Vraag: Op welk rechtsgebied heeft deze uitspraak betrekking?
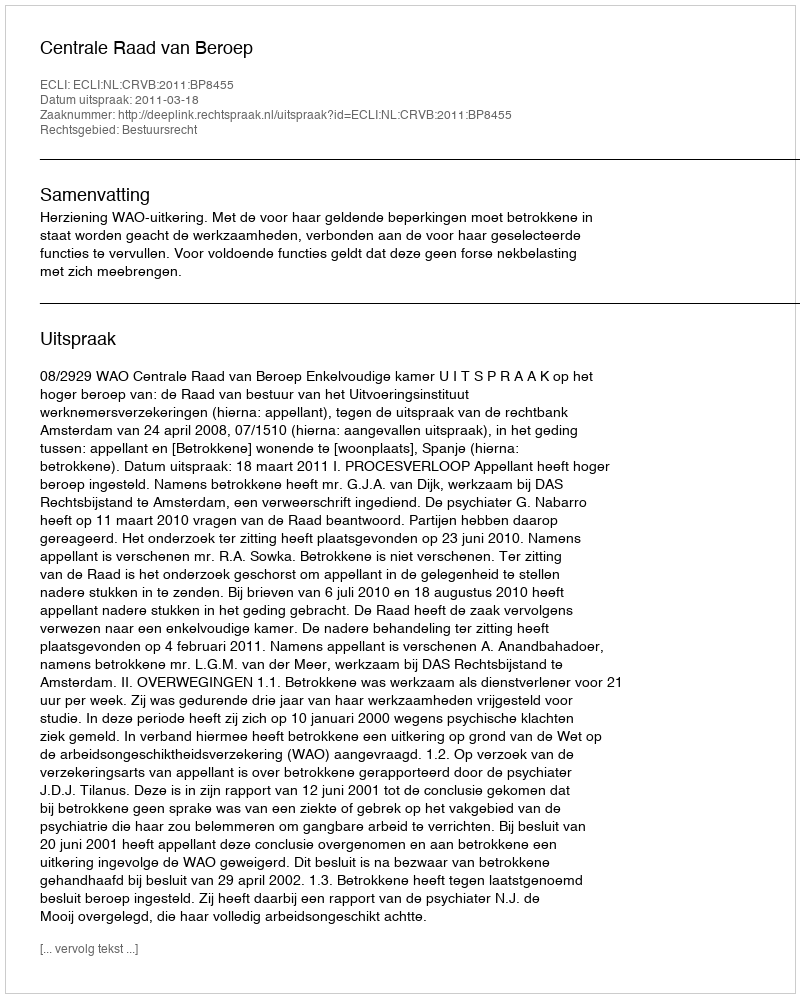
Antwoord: Bestuursrecht